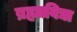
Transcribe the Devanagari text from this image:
ब्रह्माविद्या